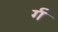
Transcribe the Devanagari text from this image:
र्ग